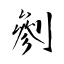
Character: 剼